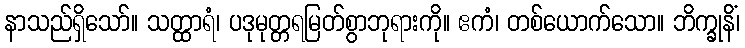
နာသည်ရှိသော်။ သတ္ထာရံ၊ ပဒုမုတ္တရမြတ်စွာဘုရားကို။ ဧကံ၊ တစ်ယောက်သော။ ဘိက္ခုနိံ၊